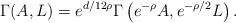
\begin{align*}\Gamma(A,L)={e^{d/12\rho}}\Gamma\left({e^{-\rho}}A,{e^{-\rho/2}}L\right).\end{align*}